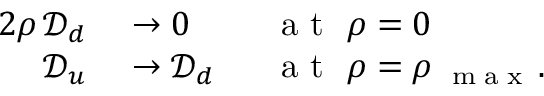
\begin{array} { r l } { 2 \rho \, \mathcal { D } _ { d } } & { { } \rightarrow 0 \phantom { \mathcal { D } _ { d } } \quad \mathrm { ~ a ~ t ~ } \ \rho = 0 } \\ { \mathcal { D } _ { u } } & { { } \rightarrow \mathcal { D } _ { d } \phantom { 0 } \quad \mathrm { ~ a ~ t ~ } \ \rho = \rho _ { \mathrm { ~ \tiny ~ m ~ a ~ x ~ } } \, . } \end{array}